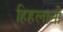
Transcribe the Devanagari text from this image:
हिहलानी